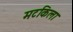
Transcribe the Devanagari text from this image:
मटकिला